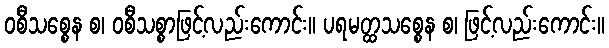
ဝစီသစ္စေန စ၊ ဝစီသစ္စာဖြင့်လည်းကောင်း။ ပရမတ္ထသစ္စေန စ၊ ဖြင့်လည်းကောင်း။